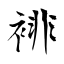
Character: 裶